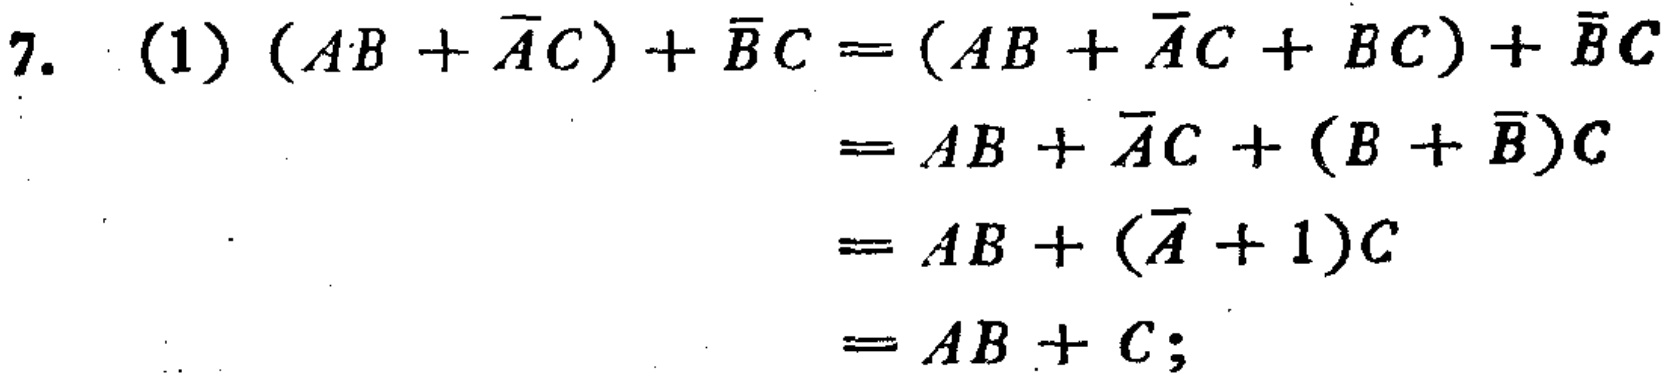
\[

\begin{align*}

(1)\ (AB + \overline{A}C)+\overline{B}C&=(AB + \overline{A}C + BC)+\overline{B}C\\

&=AB+\overline{A}C+(B + \overline{B})C\\

&=AB+(\overline{A}+1)C\\

&=AB + C;

\end{align*}

\]